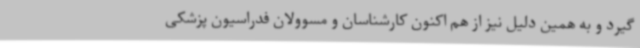
گیرد و به همین دلیل نیز از هم اکنون کارشناسان و مسوولان فدراسیون پزشکی